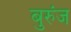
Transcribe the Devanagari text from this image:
बुरुंज